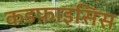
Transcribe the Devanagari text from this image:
कडफ़ाइसिस